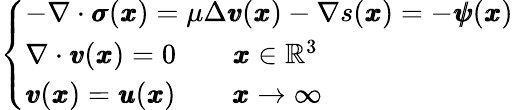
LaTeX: \left\{ \begin{array}{ll}{-\nabla\cdot{\pmb\sigma}({\pmb x})=\mu\Delta{\pmb v}({\pmb x})-\nabla s({\pmb x})=-{\pmb\psi}({\pmb x})}\\ {\nabla\cdot{\pmb v}({\pmb x})=0\qquad{\pmb x}\in\mathbb{R}^{3}}\\ {{\pmb v}({\pmb x})={\pmb u}({\pmb x})\qquad{\pmb x}\rightarrow\infty}\end{array}\right.